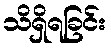
သိရှိရခြင်း